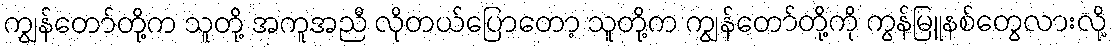
ကျွန်တော်တို့က သူတို့ အကူအညီ လိုတယ်ပြောတော့ သူတို့က ကျွန်တော်တို့ကို ကွန်မြူနစ်တွေလားလို့